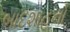
બાદશાહનો